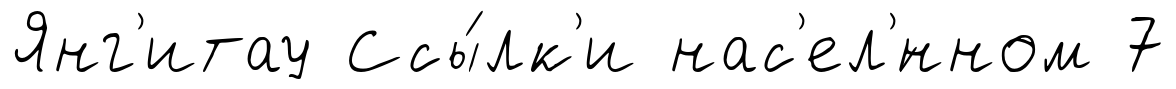
Янг'итау Ссы́лк'и нас'ел'́нном 7